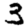
Digit: 3